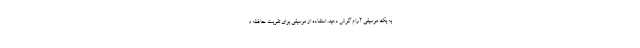
به یک موسیقی آرام گوش دهید. استفاده از موسیقی برای تقویت حافظه و